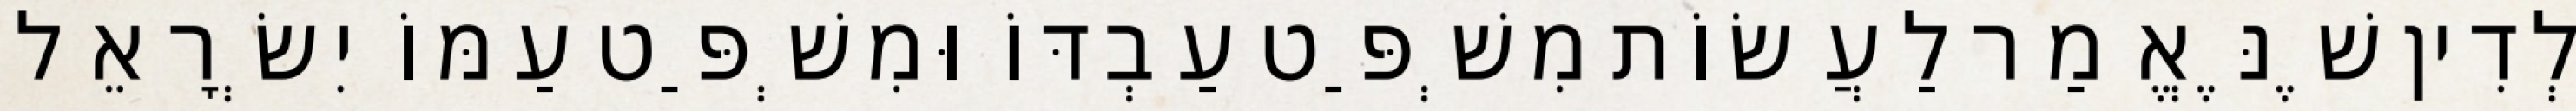
לְדִין שֶׁנֶּאֱמַר לַעֲשׂוֹת מִשְׁפַּט עַבְדּוֹ וּמִשְׁפַּט עַמּוֹ יִשְׂרָאֵל